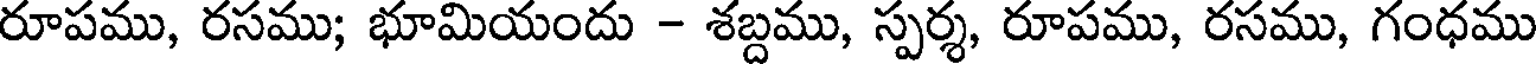
రూపము, రసము; భూమియందు - శబ్దము, స్పర్శ, రూపము, రసము, గంధము